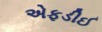
એફડીઈ